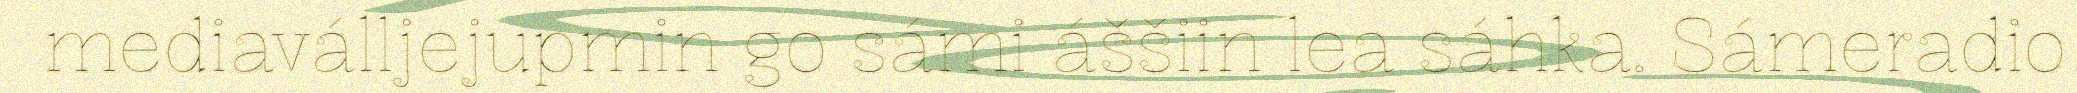
mediaválljejupmin go sámi áššiin lea sáhka. Sámeradio